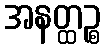
အနတ္ထဉ္စ